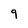
Character: 9